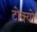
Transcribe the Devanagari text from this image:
टोक्‍यो